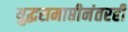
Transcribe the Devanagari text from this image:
युद्धसमाप्तीनंतरही